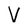
Character: V